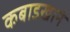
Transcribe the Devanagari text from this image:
कबाडखाने